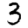
Digit: 3